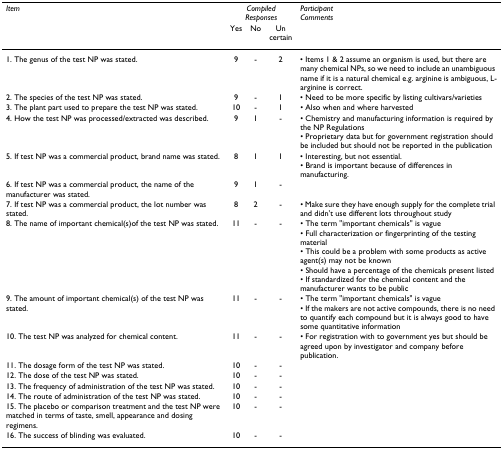
| Item | <COLSPAN=3> Compiled Responses | Participant Comments |
 |  | Yes | No | Uncertain |  |
 | --- | --- | --- | --- | --- |
 | 1. The genus of the test NP was stated. | 9 | - | 2 | • Items 1 & 2 assume an organism is used, but there are many chemical NPs, so we need to include an unambiguous name if it is a natural chemical e.g. arginine is ambiguous, L-arginine is correct. |
 | 2. The species of the test NP was stated. | 9 | - | 1 | • Need to be more specific by listing cultivars/varieties |
 | 3. The plant part used to prepare the test NP was stated. | 10 | - | 1 | • Also when and where harvested |
 | 4. How the test NP was processed/extracted was described. | 9 | 1 | - | • Chemistry and manufacturing information is required by the NP Regulations• Proprietary data but for government registration should be included but should not be reported in the publication |
 | 5. If test NP was a commercial product, brand name was stated. | 8 | 1 | 1 | • Interesting, but not essential.• Brand is important because of differences in manufacturing. |
 | 6. If test NP was a commercial product, the name of the manufacturer was stated. | 9 | 1 | - |  |
 | 7. If test NP was a commercial product, the lot number was stated. | 8 | 2 | - | • Make sure they have enough supply for the complete trial and didn't use different lots throughout study |
 | 8. The name of important chemical(s)of the test NP was stated. | 11 | - | - | • The term "important chemicals" is vague• Full characterization or fingerprinting of the testing material• This could be a problem with some products as active agent(s) may not be known• Should have a percentage of the chemicals present listed• If standardized for the chemical content and the manufacturer wants to be public |
 | 9. The amount of important chemical(s) of the test NP was stated. | 11 | - | - | • The term "important chemicals" is vague• If the makers are not active compounds, there is no need to quantify each compound but it is always good to have some quantitative information |
 | 10. The test NP was analyzed for chemical content. | 11 | - | - | • For registration with to government yes but should be agreed upon by investigator and company before publication. |
 | 11. The dosage form of the test NP was stated. | 10 | - | - |  |
 | 12. The dose of the test NP was stated. | 10 | - | - |  |
 | 13. The frequency of administration of the test NP was stated. | 10 | - | - |  |
 | 14. The route of administration of the test NP was stated. | 10 | - | - |  |
 | 15. The placebo or comparison treatment and the test NP were matched in terms of taste, smell, appearance and dosing regimens. | 10 | - | - |  |
 | 16. The success of blinding was evaluated. | 10 | - | - |  |